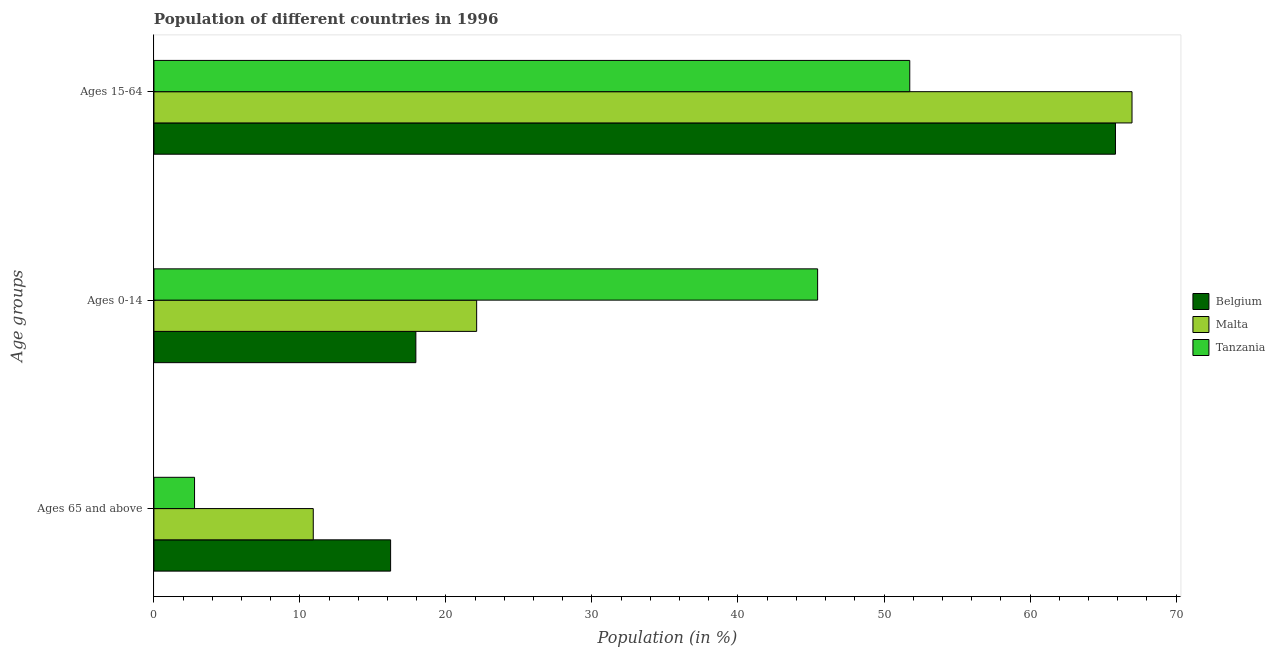
| Age groups | Belgium | Malta | Tanzania |
 | --- | --- | --- | --- |
 | Ages 65 and above | 16.2 | 10.9 | 2.78 |
 | Ages 0-14 | 17.9 | 22.1 | 45.5 |
 | Ages 15-64 | 65.9 | 67 | 51.8 |